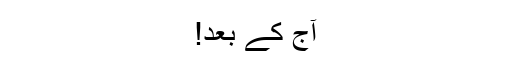
آج کے بعد!